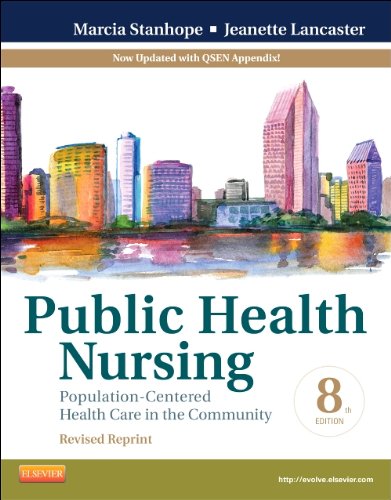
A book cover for Public Health Nursing - Revised Reprint: Population-Centered Health Care in the Community, 8e; Marcia Stanhope RN  DSN  FAAN; Medical Books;